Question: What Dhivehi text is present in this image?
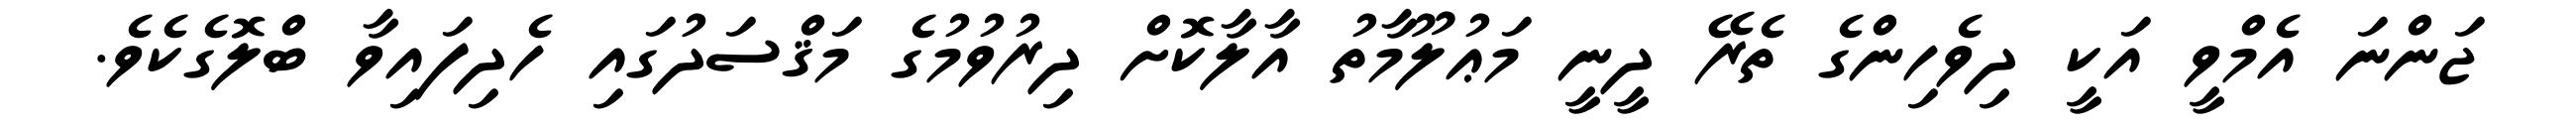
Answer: ޖަންނަ އެމްވީ އަކީ ދިވެހިންގެ ތެރޭ ދީނީ މަޢުލޫމާތު އާލާކޮށް ދިރުވުމުގެ މަޤްސަދުގައި ހެދިފައިވާ ބްލޮގެކެވެ.